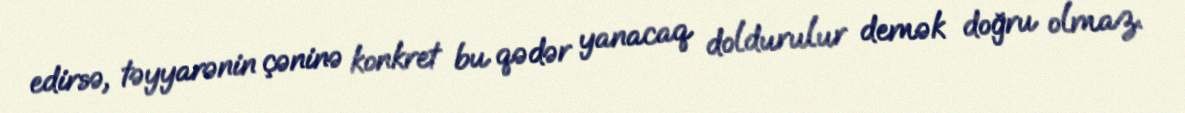
edirsə, təyyarənin çəninə konkret bu qədər yanacaq doldurulur demək doğru olmaz.